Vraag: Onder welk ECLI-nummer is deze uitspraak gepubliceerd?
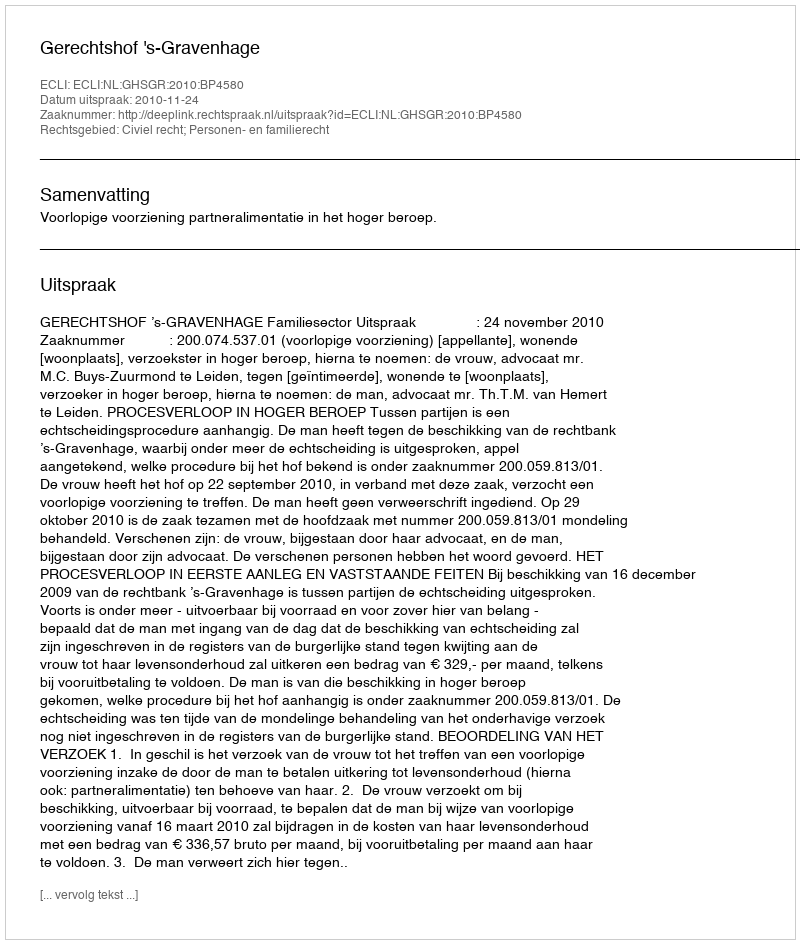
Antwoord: ECLI:NL:GHSGR:2010:BP4580